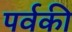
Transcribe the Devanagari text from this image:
पर्वकी